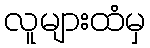
လူများထံမှ